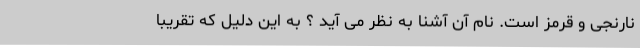
نارنجی و قرمز است. نام آن آشنا به نظر می آید ؟ به این دلیل که تقریبا